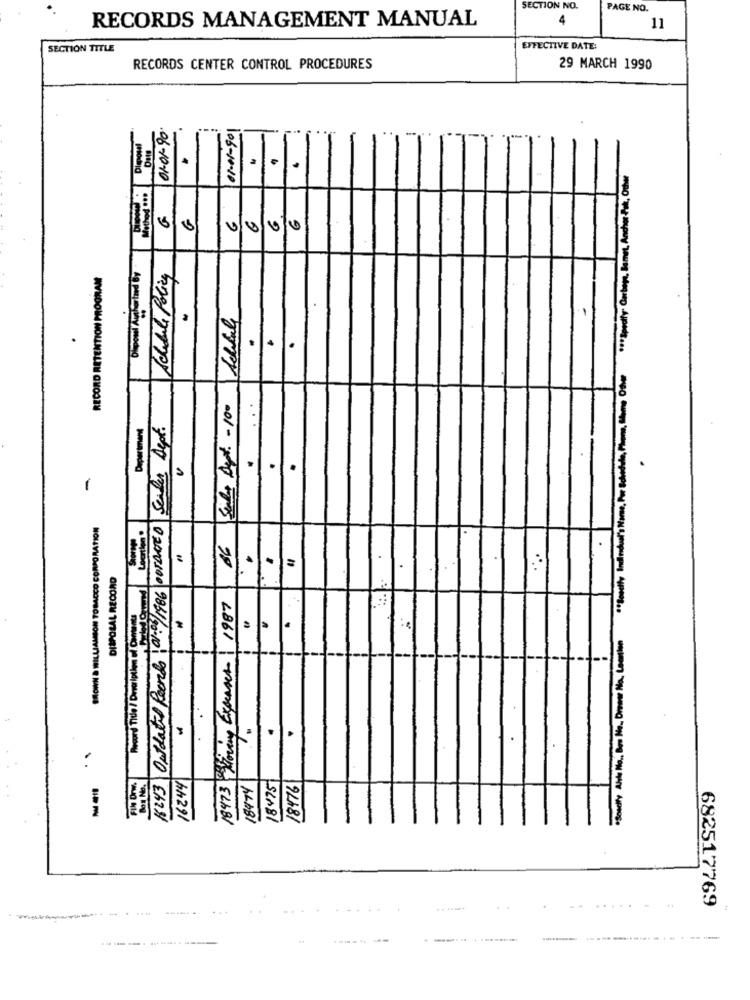
SECTION NO.
PAGE NO.
4
RECORDS MANAGEMENT MANUAL
11
SECTION TITLE
EFFECTIVE DATE:
RECORDS CENTER CONTROL PROCEDURES
29 MARCH 1990
...
.
. .
06-10-10
106-10-10
10
2
RECORD RETENTION PROGRAM
Schedule Policy
.
Department
K243 Onidatil Pearls 1 0/05/ 1986 |OUTDATED Scales Dept.
.1.1
001- x19 75
Locrtlen .
DISPOSAL RECONO
10
18473 Moving Expenses 1987
Record Title / Devoiptien Gi Caments
18474
SLABI
94481
--
..
682517769
------ - --..
.-.... . ........